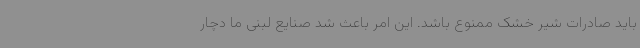
باید صادرات شیر خشک ممنوع باشد. این امر باعث شد صنایع لبنی ما دچار